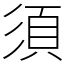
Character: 須